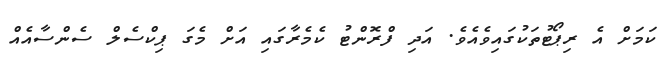
ކަމަށް އެ ރިޕޯޓުތަކުގައިވެއެވެ. އަދި ފްރޮންޓު ކެމެރާގައި އަށް މެގަ ޕިކްސެލް ސެންސާއެއް